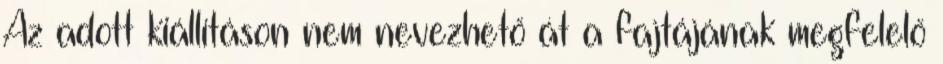
Az adott kiállításon nem nevezhető át a fajtájának megfelelő